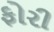
ફોરી